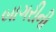
બાગરીની